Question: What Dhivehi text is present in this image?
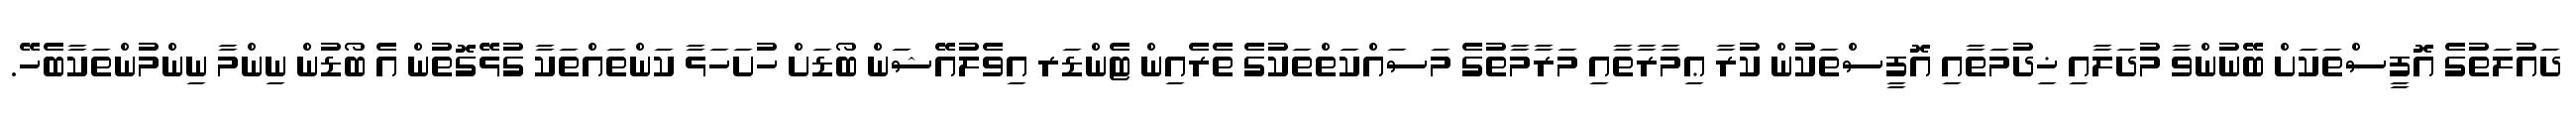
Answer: ދައުލަތުގެ އޮފީސްތަކަށް ބޭނުންވާ މުދަލާއި ޚިދުމަތާއި އޮފީސްތަކުން ކުރާ ޢިމާރާތާއި މަރާމާތުގެ މަސައްކަތްތަކުގެ ތެރެއިން ޓެންޑަރ އިވެލުއޭޝަން ބޯޑަށް ހުށަހަޅާ ކަންތައްތަކާ ގުޅޭގޮތުން އެ ބޯޑުން ނިންމާ ނިންމުންތަކާބެހޭ.